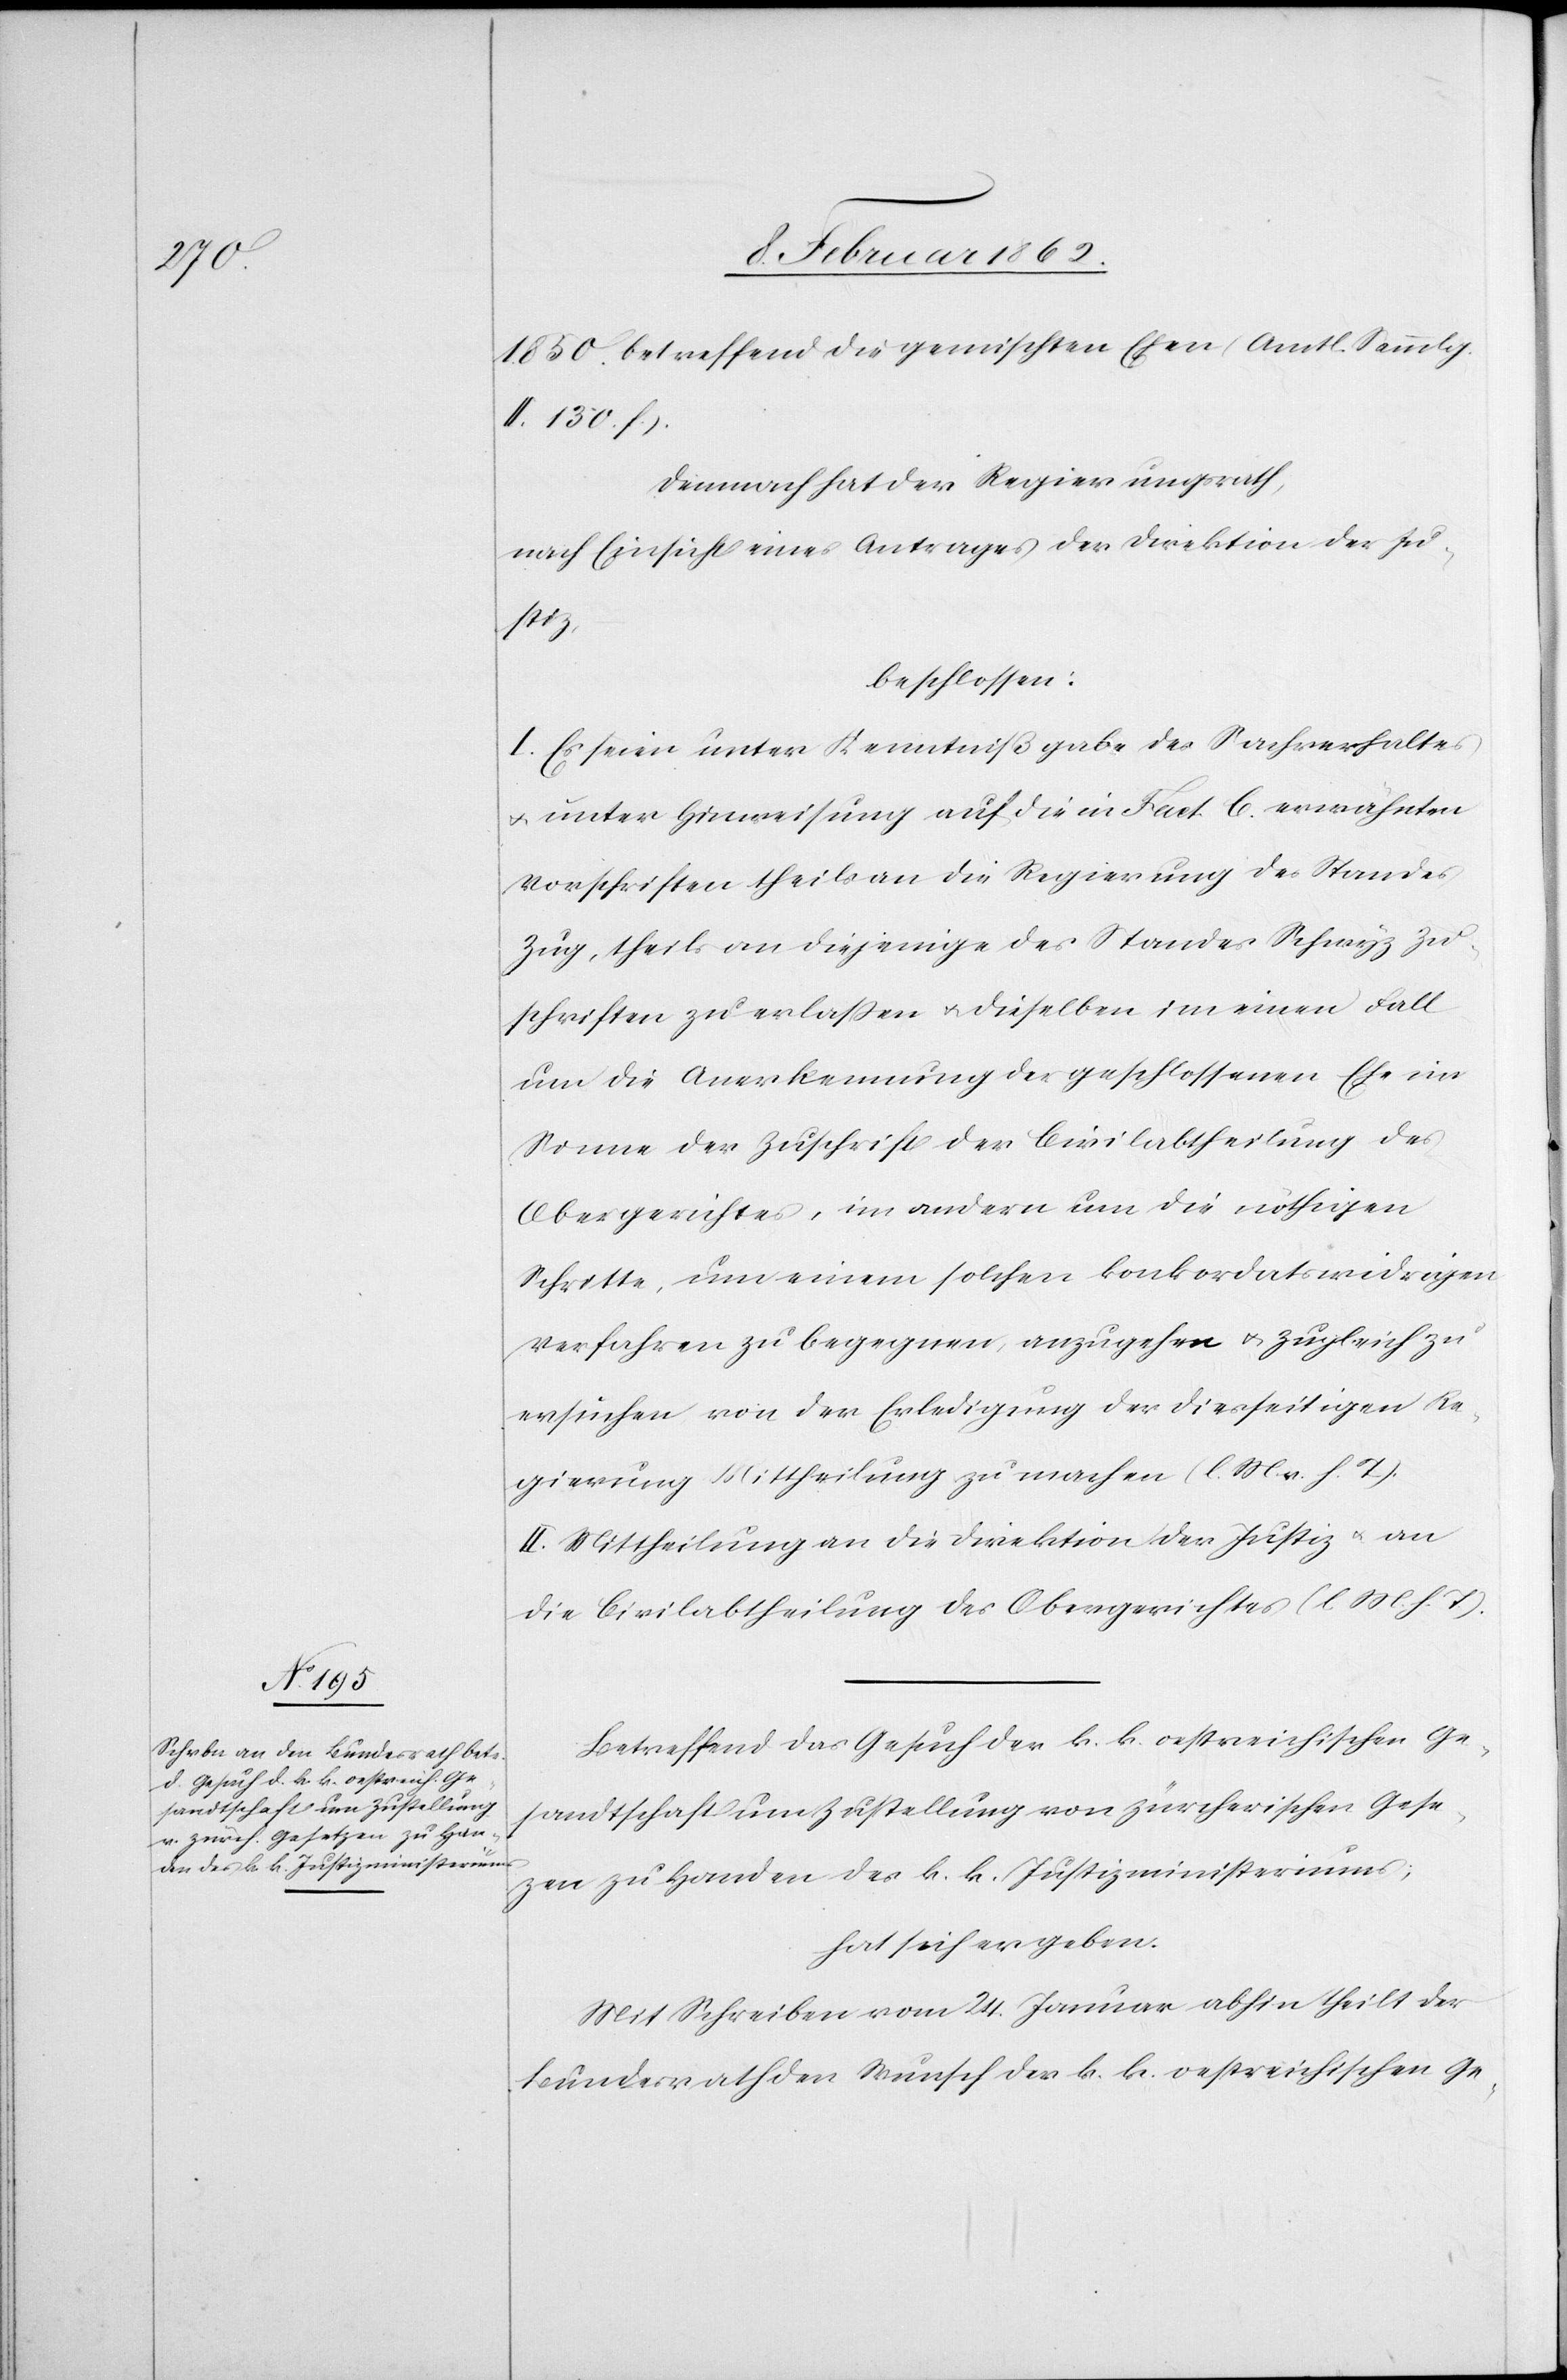
1850. betreffend die gemischten Ehen (Amtl. Sammlg.
II. 130. f.).
Demnach hat der Regierungsrath,
nach Einsicht eines Antrages der Direktion der Ju¬
stiz,
beschlossen:
I. Es seien unter Kenntnißgabe des Sachverhaltes
u. unter Hinweisung auf die in Fact. C. erwähnten
Vorschriften theils an die Regierung des Standes
Zug, theils an diejenige des Standes Schwyz Zu¬
schriften zu erlaßen u. dieselben im einen Fall
um die Anerkennung der geschlossenen Ehe im
Sinne der Zuschrift der Civilabtheilung des
Obergerichtes, im andern um die nöthigen
Schritte, um einem solchen konkordatswidrigen
Verfahren zu begegnen, anzugehen u. zugleich zu
ersuchen, von der Erledigung der diesseitigen Re¬
gierung Mittheilung zu machen (l. M. v. h. T).
II. Mittheilung an die Direktion der Justiz u. an
die Civilabtheilung des Obergerichtes (l M h. T).
Betreffend das Gesuch der k. k. oestreichischen Ge¬
sandtschaft um Zustellung von zürcherischen Geset¬
zen zu Handen des k. k. Justizministeriums;
hat sich ergeben:
Mit Schreiben vom 24. Januar abhin theilt der
Bundesrath den Wunsch der k. k. oestreichischen Ge-